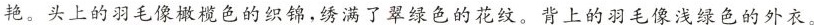
艳。头上的羽毛像橄榄色的织锦，绣满了翠绿色的花纹。背上的羽毛像浅绿色的外衣。